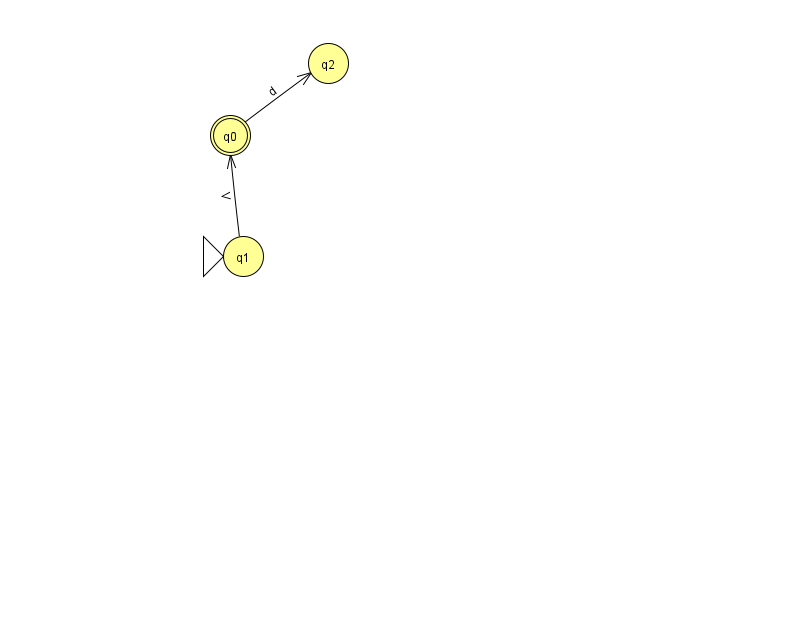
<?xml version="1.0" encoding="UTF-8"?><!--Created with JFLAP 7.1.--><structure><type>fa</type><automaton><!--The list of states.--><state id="0" name="q0"><x>230.0</x><y>122.0</y><final/></state><state id="1" name="q1"><x>243.0</x><y>243.0</y><initial/></state><state id="2" name="q2"><x>328.0</x><y>50.0</y></state><!--The list of transitions.--><transition><from>0</from><to>2</to><read>d</read></transition><transition><from>1</from><to>0</to><read>V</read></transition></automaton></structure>